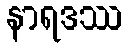
နာရဒဿ